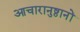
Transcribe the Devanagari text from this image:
आचारानुष्ठानों